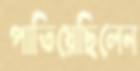
পাতিয়েছিলেন